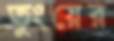
তুংয়ের